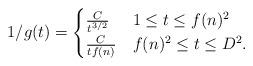
LaTeX: \begin{align*}1/ g(t) =\begin{cases}\frac{C}{t^{3/2}}& 1\leq t \leq f(n)^2 \\ \frac{C}{t f(n)} & f(n)^2 \leq t \leq D^2. \end{cases} \end{align*}